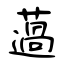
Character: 薖